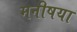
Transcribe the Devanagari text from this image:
मनीषया